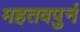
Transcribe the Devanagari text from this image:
महतवपुर्न